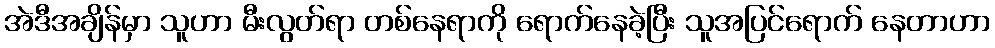
အဲဒီအချိန်မှာ သူဟာ မီးလွတ်ရာ တစ်နေရာကို ရောက်နေခဲ့ပြီး သူအပြင်ရောက် နေတာဟာ